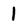
Character: 1